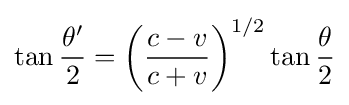
\tan {\frac {\theta '}{2}}=\left({\frac {c-v}{c+v}}\right)^{1/2}\tan {\frac {\theta }{2}}